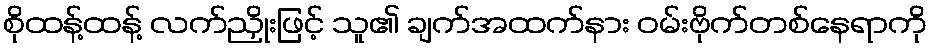
စိုထန့်ထန့် လက်ညှိုးဖြင့် သူ၏ ချက်အထက်နား ဝမ်းဗိုက်တစ်နေရာကို